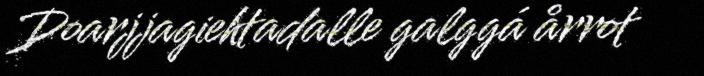
Doarjjagiehtadalle galggá årrot